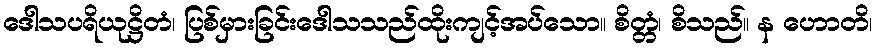
ဒေါသပရိယုဋ္ဌိတံ၊ ပြစ်မှားခြင်းဒေါသသည်ထိုးကျင့်အပ်သော။ စိတ္တံ၊ စိသည်။ န ဟောတိ၊